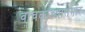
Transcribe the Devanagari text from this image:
वाचकांच्यासमोर